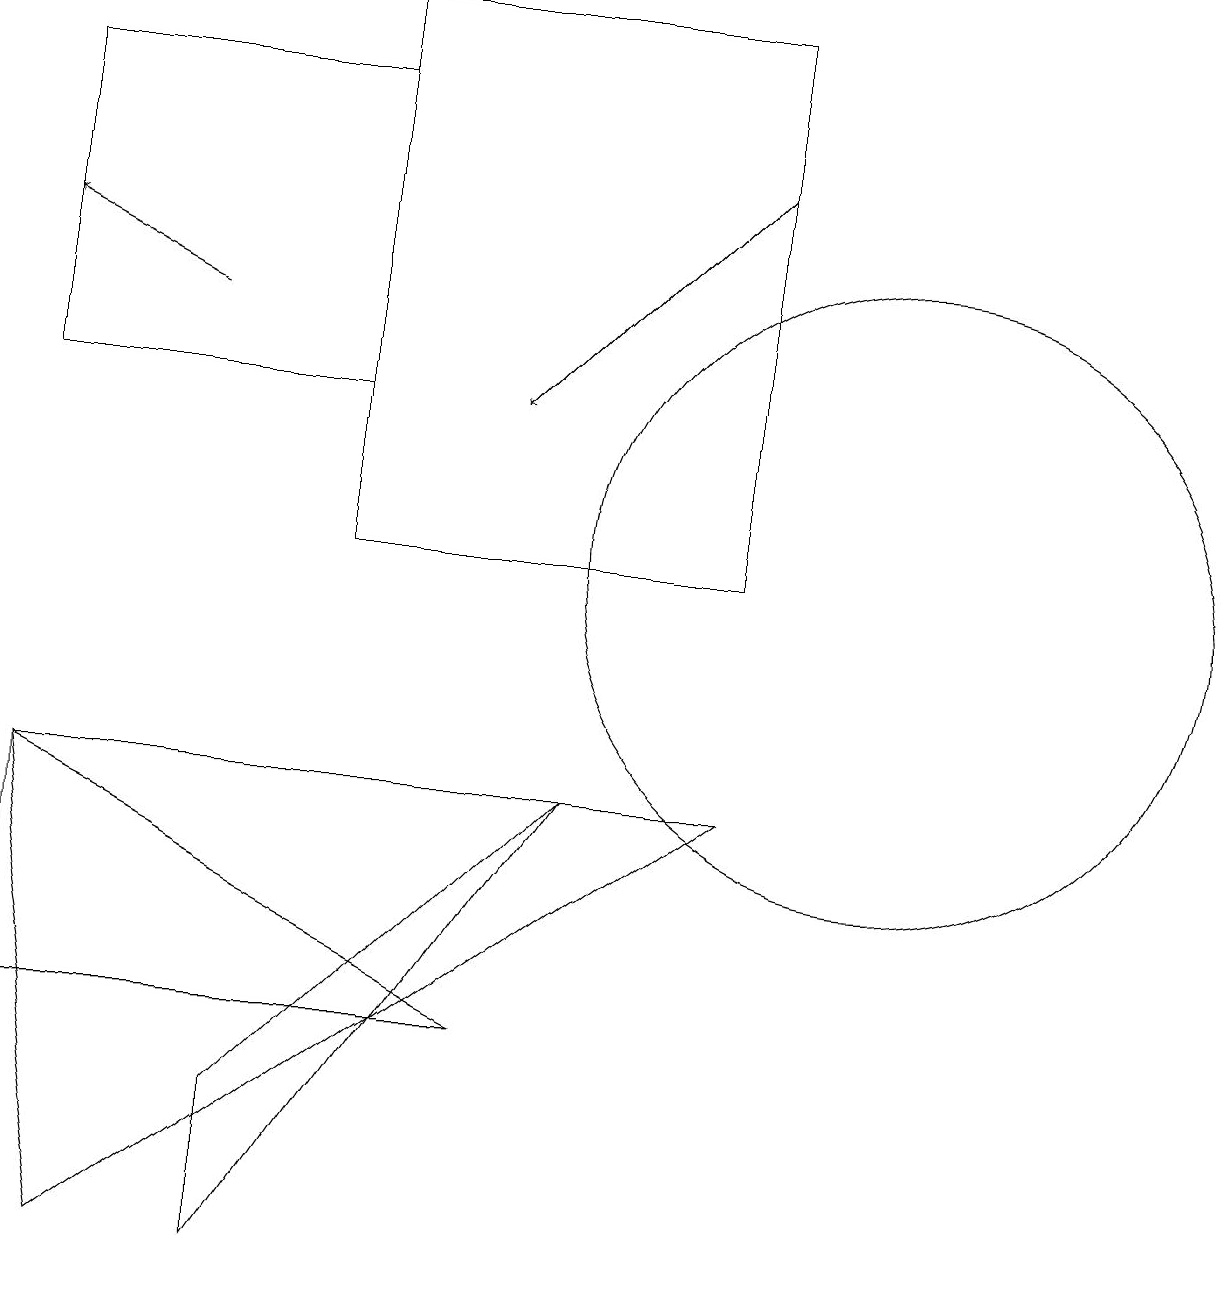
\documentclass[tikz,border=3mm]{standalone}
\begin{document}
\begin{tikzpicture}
\draw (4,16) rectangle (0,12);
\draw[->] (9,15) -- (6,12);
\draw (11,10) circle (4);
\draw[->] (2,13) -- (0,14);
\draw (9,17) rectangle (4,10);
\draw (0,4) -- (6,4) -- (0,7) -- cycle;
\draw (1,1) -- (0,7) -- (9,7) -- cycle;
\draw (3,3) -- (3,1) -- (7,7) -- cycle;
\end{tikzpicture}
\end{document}